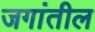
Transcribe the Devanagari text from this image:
जगांतील